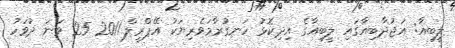
ލީބިއާ: އަޖުދާބިއާގައި ލީބިއާގެ އިދިކޮޅު ހަނގުރާމަވެރިޔަކު އޭޕްރީލް 2011 25 ވަނަ ދުވަހު